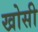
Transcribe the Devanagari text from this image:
खोसी